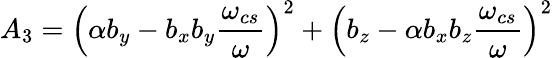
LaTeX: A_{3}=\left(\alpha b_{y}-b_{x}b_{y}\frac{\omega_{cs}}{\omega}\right)^{2}+\left(b_{z}-\alpha b_{x}b_{z}\frac{\omega_{cs}}{\omega}\right)^{2}